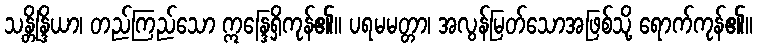
သန္တိန္ဒြိယာ၊ တည်ကြည်သော ဣန္ဒြေရှိကုန်၏။ ပရမမတ္တာ၊ အလွန်မြတ်သောအဖြစ်သို့ ရောက်ကုန်၏။